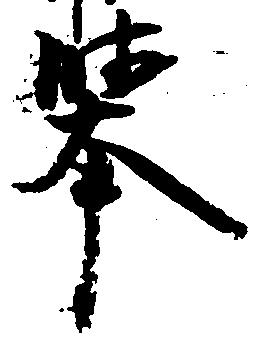
挙